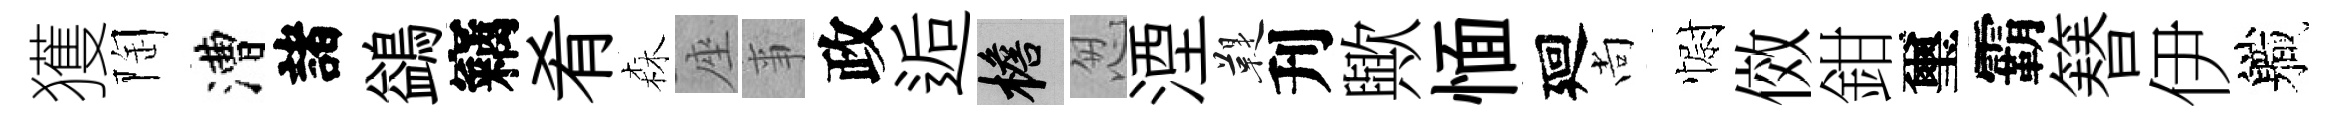
獲陶漕諸鷁竊肴森座亊政逅檐怱湮鞮刋歟愐廻尚𢠢傚鉗璽霸簮伊軄